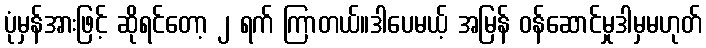
ပုံမှန်အားဖြင့် ဆိုရင်တော့ ၂ ရက် ကြာတယ်။ဒါပေမယ့် အမြန် ဝန်ဆောင်မှုဒါမှမဟုတ်